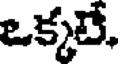
ఒక్కటే,